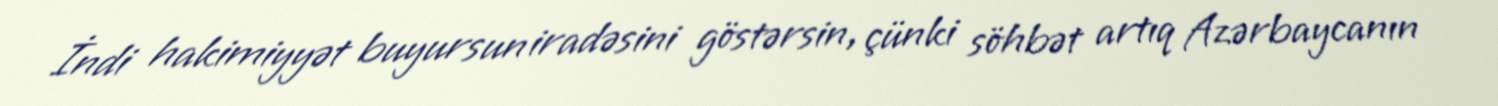
İndi hakimiyyət buyursun iradəsini göstərsin, çünki söhbət artıq Azərbaycanın